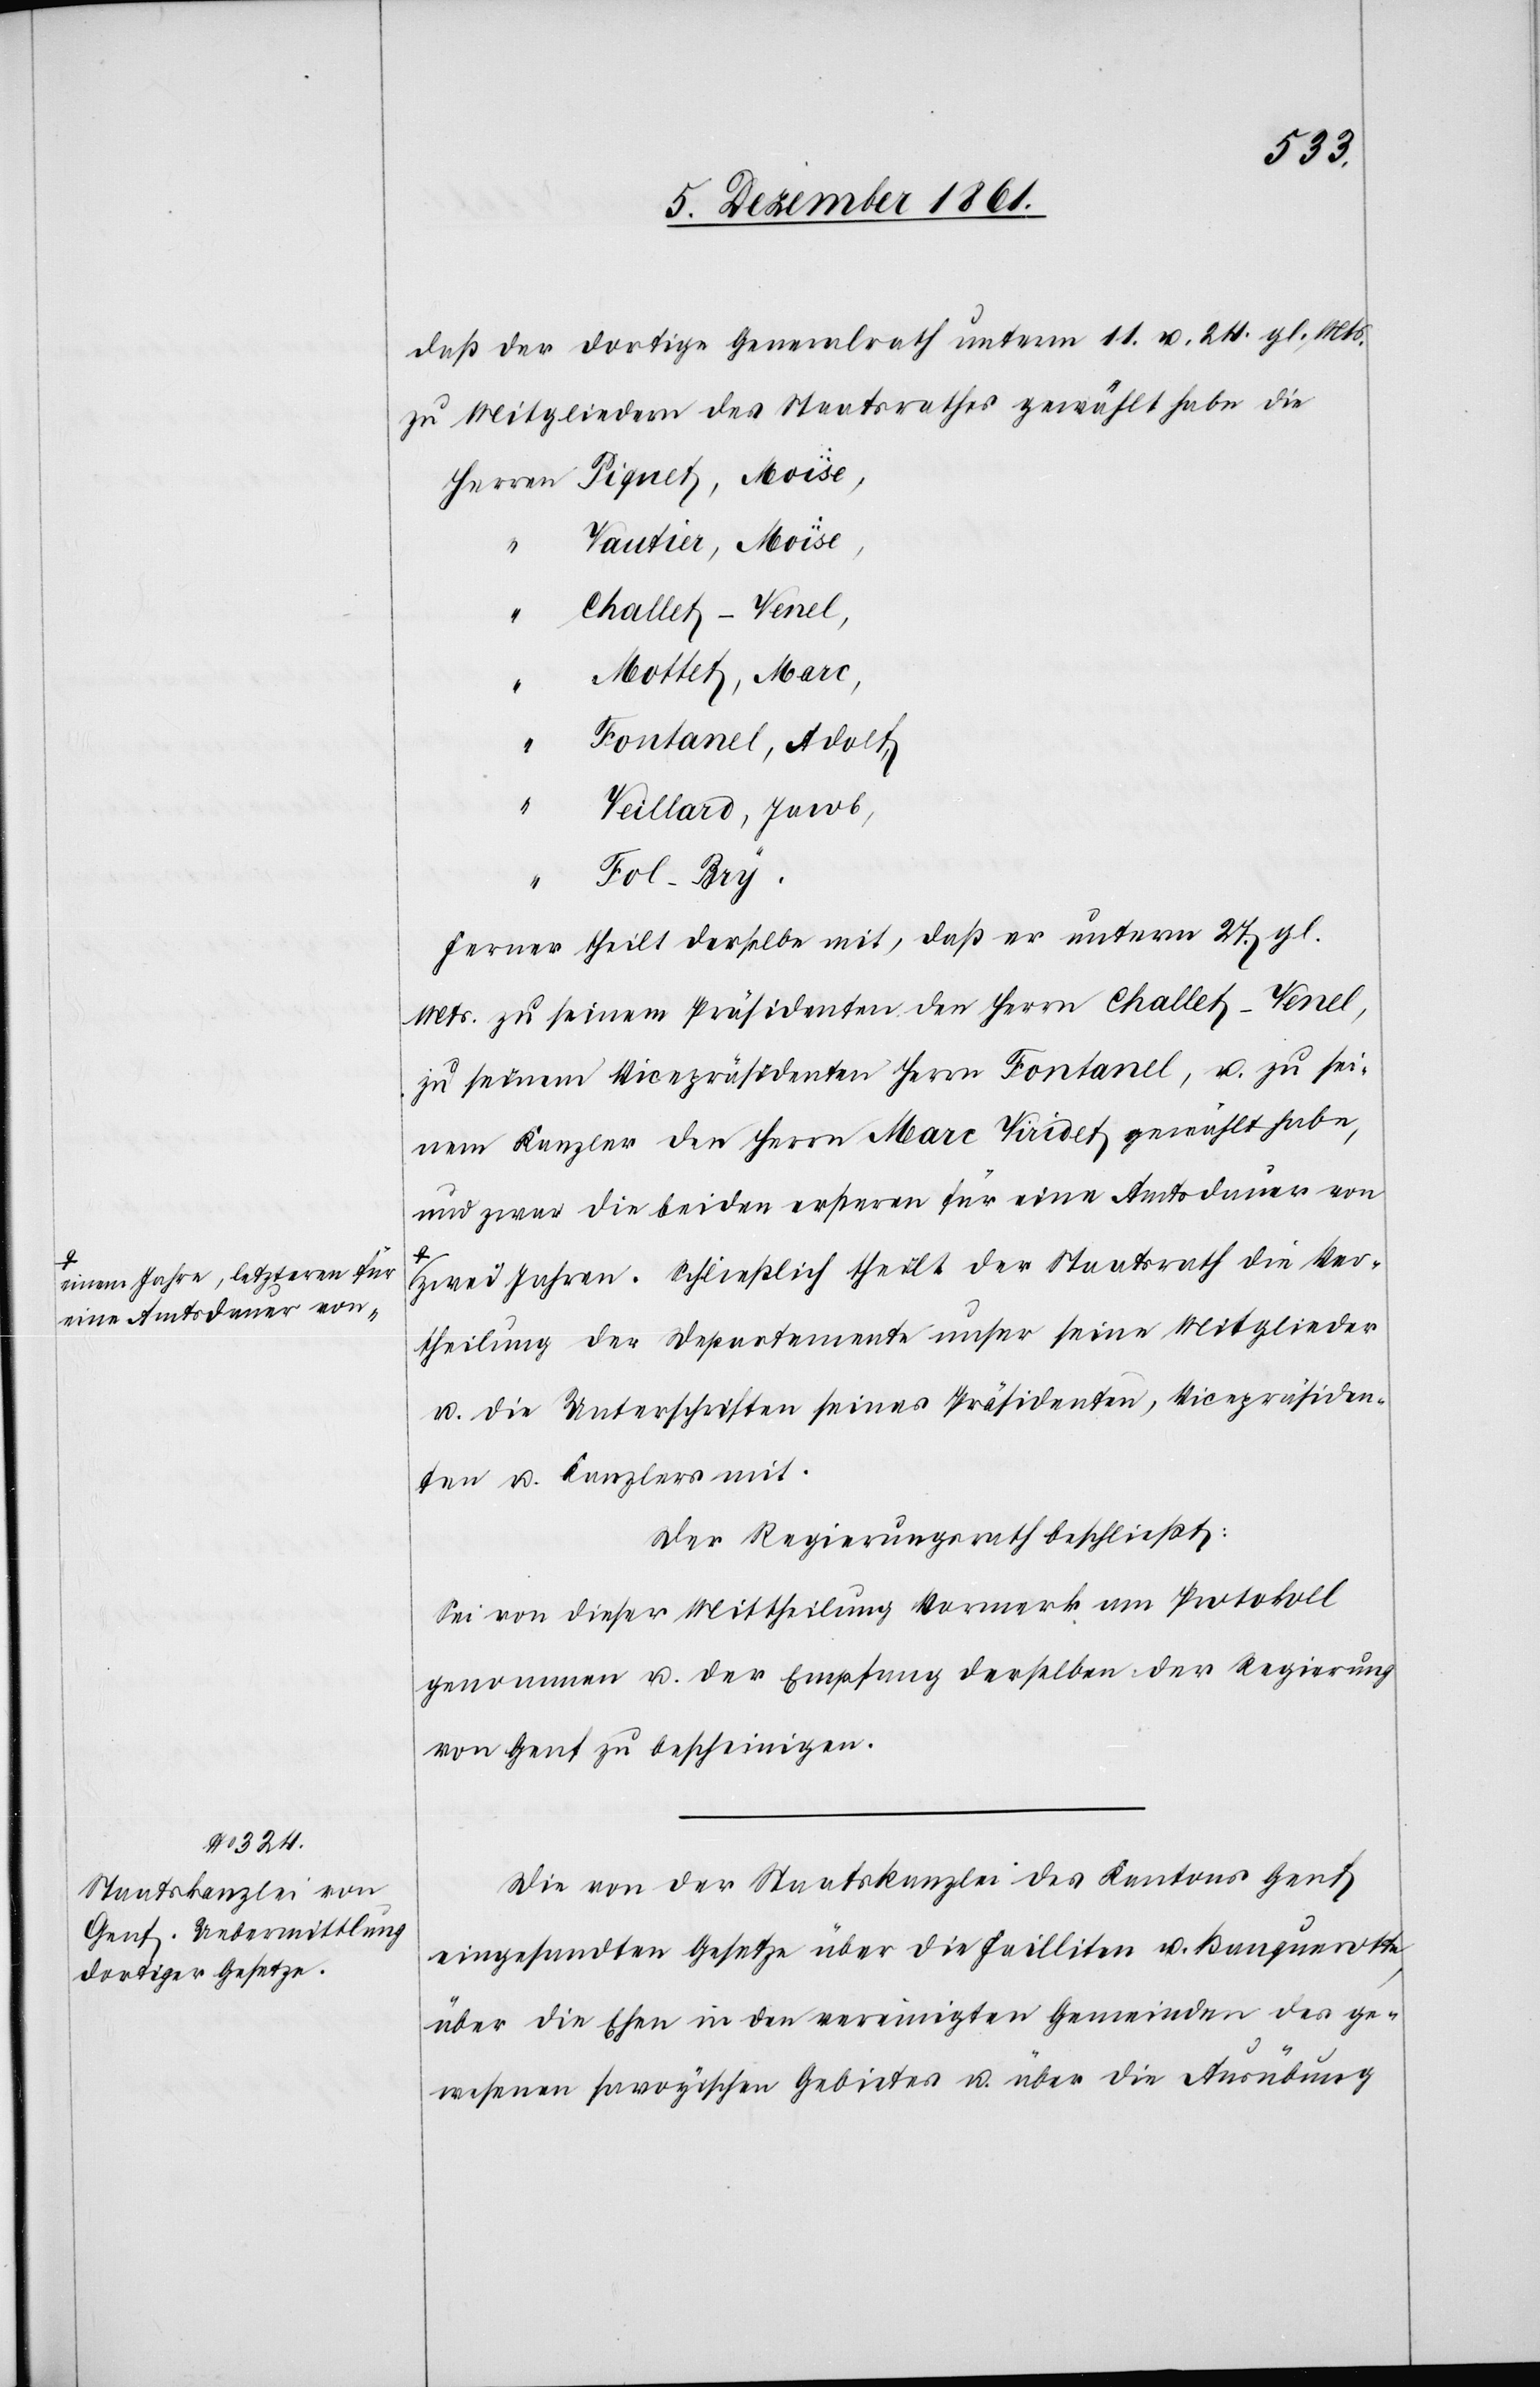
a-einem Jahre, letzteren für
eine Amtsdauer von-a

daß der dortige Generalrath unterm 11 u. 24 gl. Mts.
zu Mitgliedern des Staatsrathes gewählt habe die
Herrn Piquet, Moïse,
Vautier, Moïse,
“	 Challet-Venel,
Mottet, Marc,
Fontanel, Adolf,
Veillard, Jacob,
Fol-Bry.
Ferner theilt derselbe mit, daß er unterm 27 gl.
Mts. zu seinem Präsidenten den Herrn Challet-Venel,
zu seinem Vicepräsidenten Herrn Fontanel, u. zu sei¬
nem Kanzler den Herrn Marc Viridet gewählt habe,
und zwar die beiden ersteren für eine Amtsdauer von
zwei Jahren. Schließlich theilt der Staatsrath die Ver¬
theilung der Departemente unter seine Mitglieder
u. die Unterschriften seines Präsidenten, Vicepräsiden¬
ten u. Kanzlers mit.
Der Regierungsrath beschließt:
Sei von dieser Mittheilung Vormerk am Protokoll
genommen u. der Empfang derselben der Regierung
von Genf zu bescheinigen.
Die von der Staatskanzlei des Kantons Genf
eingesandten Gesetze über die Failliten u. Banquerotte[,]
über die Ehen in den vereinigten Gemeinden des ge¬
wesenen savoyischen Gebietes u. über die Ausübung